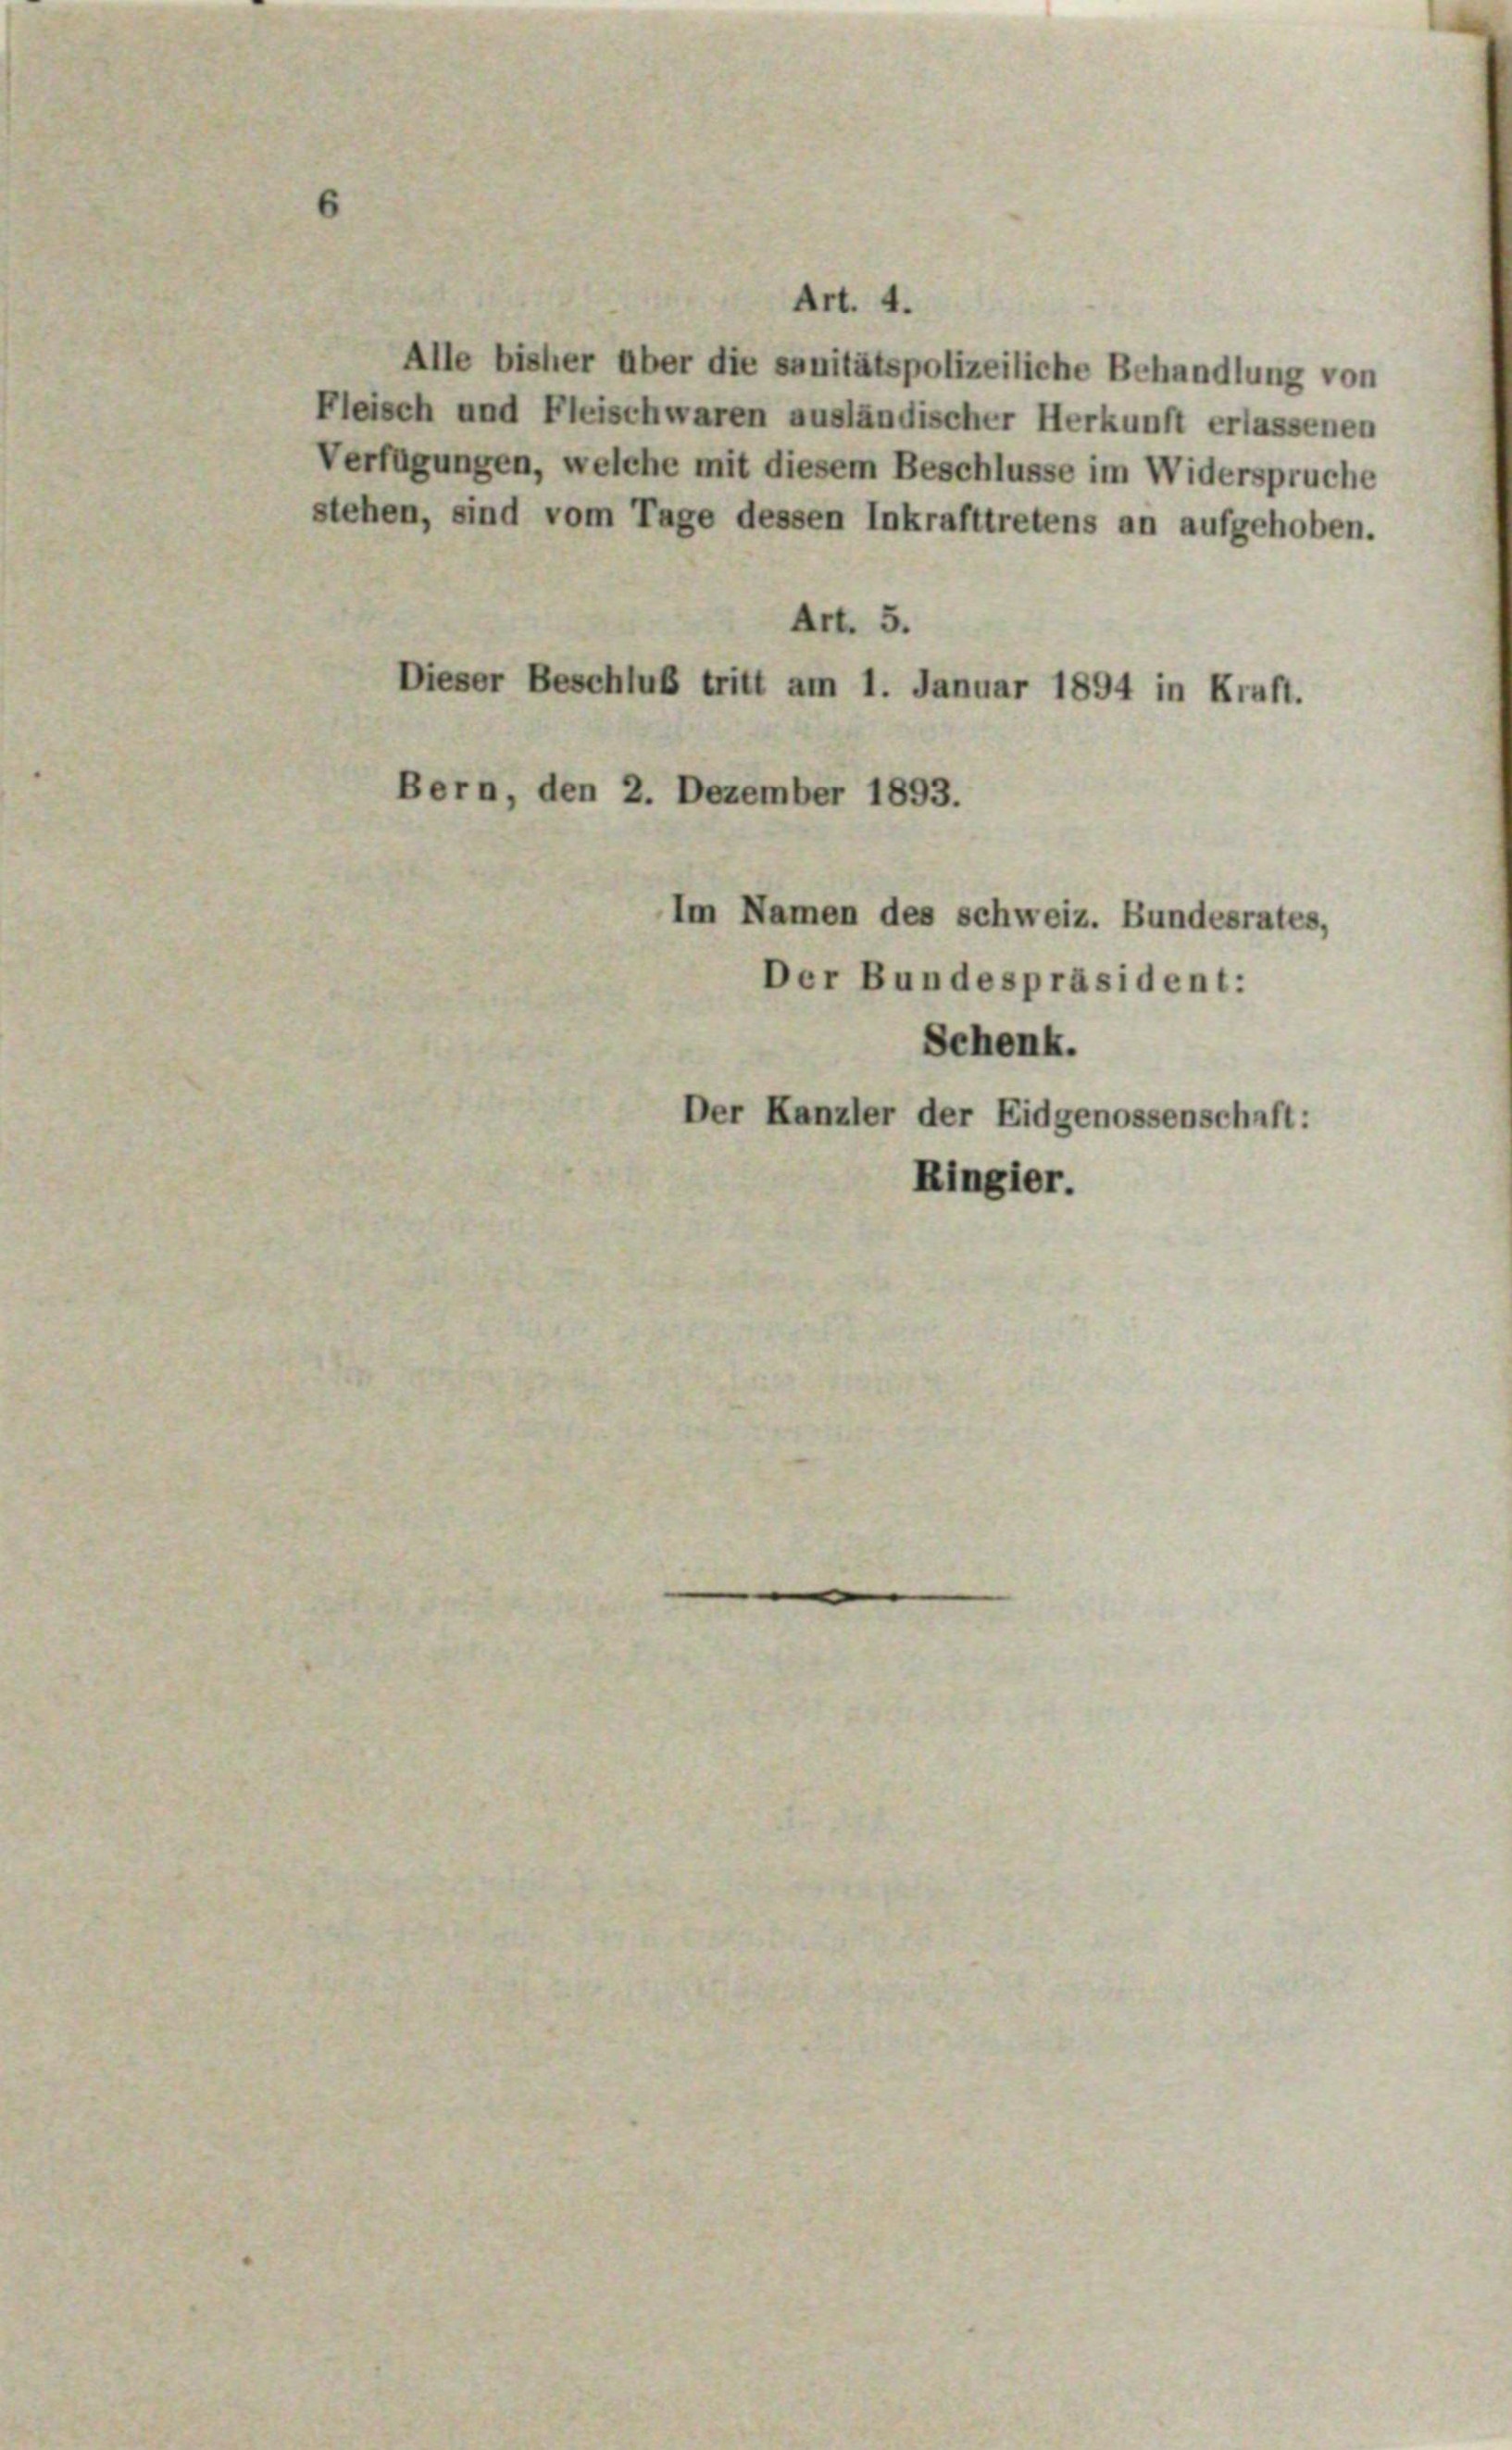
Art. 4.
Alle bisher über die sanitätspolizeiliche Behandlung von
Fleisch und Fleischwaren ausländischer Herkunft erlassenen
Verfügungen, welche mit diesem Beschlüsse im Widerspruche
stehen, sind vom Tage dessen Inkrafttretens an aufgehoben.
Art. 5.
Dieser Beschluß tritt am 1. Januar 1894 in Kraft.
Bern, den 2. Dezember 1893.
Im Namen des schweiz. Bundesrates,
Der Bundespräsident:
Schenk.
Der Kanzler der Eidgenossenschaft:
Ringier.